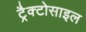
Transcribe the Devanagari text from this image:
ट्रैक्टोसाइल